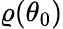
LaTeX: \varrho(\theta_{0})